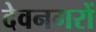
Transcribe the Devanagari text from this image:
देवनगरों